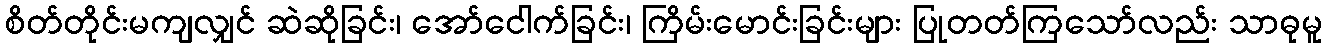
စိတ်တိုင်းမကျလျှင် ဆဲဆိုခြင်း၊ အော်ငေါက်ခြင်း၊ ကြိမ်းမောင်းခြင်းများ ပြုတတ်ကြသော်လည်း သာဓုမူ